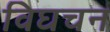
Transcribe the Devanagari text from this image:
विघचन